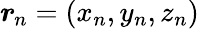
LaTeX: \boldsymbol{r}_{\! \; \! n}=(x_{n},y_{n},z_{n})